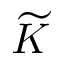
{ \widetilde K }